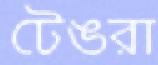
টেঙরা